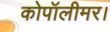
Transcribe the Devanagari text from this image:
कोपॉलीमर।